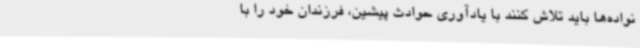
نواده‌ها باید تلاش کنند با یادآوری حوادث پیشین، فرزندان خود را با